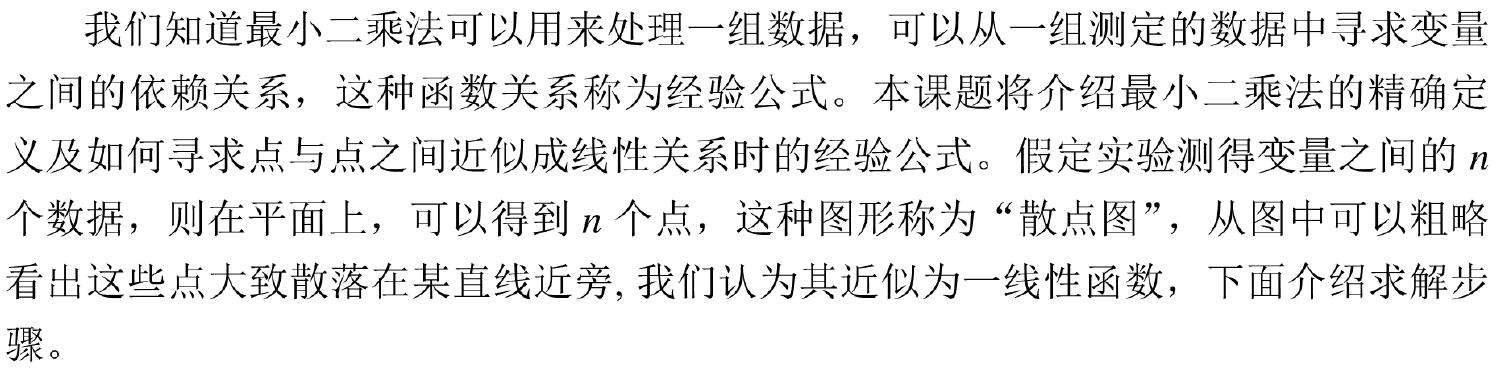
我们知道最小二乘法可以用来处理一组数据，可以从一组测定的数据中寻求变量之间的依赖关系，这种函数关系称为经验公式。本课题将介绍最小二乘法的精确定义及如何寻求点与点之间近似成线性关系时的经验公式。假定实验测得变量之间的 \(n\) 个数据，则在平面上，可以得到 \(n\) 个点，这种图形称为“散点图”，从图中可以粗略看出这些点大致散落在某直线近旁, 我们认为其近似为一线性函数，下面介绍求解步骤。